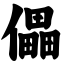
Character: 儡